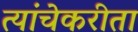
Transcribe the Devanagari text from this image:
त्यांचेकरीता